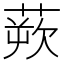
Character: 𫟔